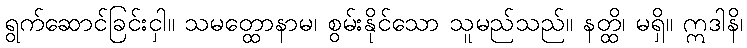
ရွက်ဆောင်ခြင်းငှါ။ သမတ္ထောနာမ၊ စွမ်းနိုင်သော သူမည်သည်။ နတ္ထိ၊ မရှိ။ ဣဒါနိ၊